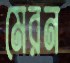
মেরন